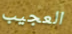
العجيب